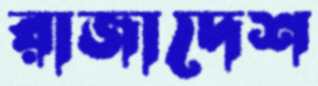
রাজাদেশ